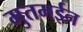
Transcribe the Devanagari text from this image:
मुतमईन